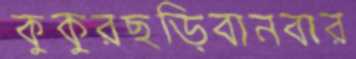
কুকুরছড়িবানবার